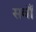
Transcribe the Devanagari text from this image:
सवाँ